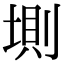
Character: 𡍫